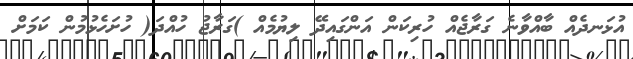
އުޅަނދެއް ބާއްވާނެ ގަރާޖެއް ހުރިކަން އަންގައިދޭ ލިޔުމެއް )ގަރާޖު ހުއްދަ( ހުށަހެޅުމުން ކަމަށް